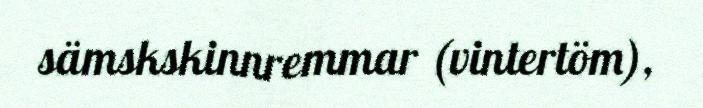
sämskskinnremmar (vintertöm),